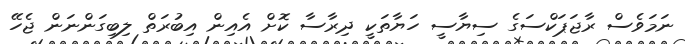
ނަމަވެސް ރާޖަޕަކްސަގެ ސިޔާސީ ހަޔާތަކީ ދިރާސާ ކޮށް އެއިން އިބުރަތް ލިބިގަންނަން ޖެހޭ